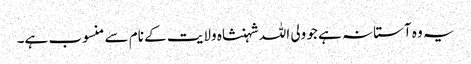
یہ وہ آستانہ ہے جو ولی اللہ شہنشاہ ولایت کے نام سے منسوب ہے۔